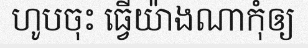
ហូបចុះ ធ្វើយ៉ាងណាកុំឲ្យ